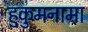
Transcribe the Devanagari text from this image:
हुकुमनामा